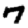
Digit: 7